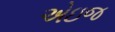
એઇજ